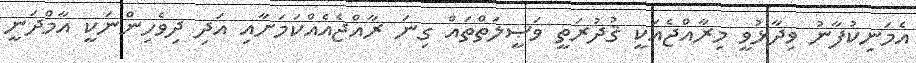
އެމަނިކުފާނު ވިދާޅުވީ މިރާއްޖެއަކީ ޤުދުރަތީ ވަޞީލަތްތައް ގިނަ ރާއްޖެއެއްކަމަށާއި އަދި ދިވެހިންނަކީ އާމްދަނީ